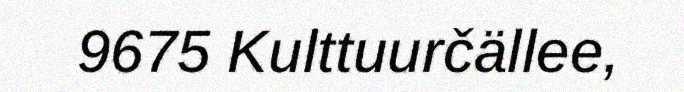
9675 Kulttuurčällee,